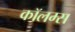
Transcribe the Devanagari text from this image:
कॉलम्स